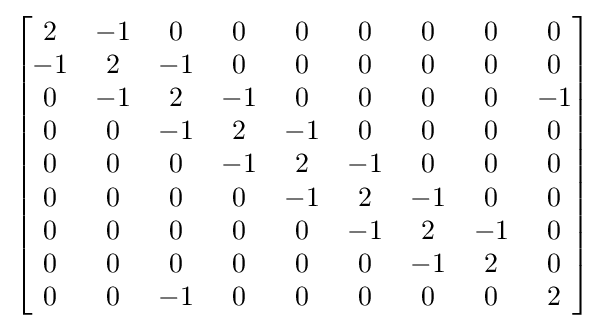
\left[{\begin{matrix}2&-1&0&0&0&0&0&0&0\\-1&2&-1&0&0&0&0&0&0\\0&-1&2&-1&0&0&0&0&-1\\0&0&-1&2&-1&0&0&0&0\\0&0&0&-1&2&-1&0&0&0\\0&0&0&0&-1&2&-1&0&0\\0&0&0&0&0&-1&2&-1&0\\0&0&0&0&0&0&-1&2&0\\0&0&-1&0&0&0&0&0&2\end{matrix}}\right]